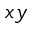
x y